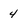
Character: 4